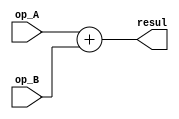
module Adder (
	output [16:0] resul,
	input [15:0] op_A, op_B
);
assign resul = op_A + op_B;
endmodule